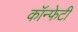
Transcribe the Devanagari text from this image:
कॉन्फेटी